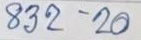
832 - 20